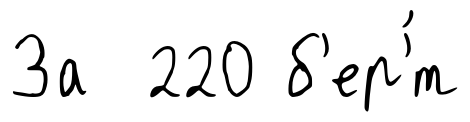
За 220 б'ер'́т